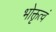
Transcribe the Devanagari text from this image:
भोक्तृत्वं